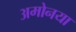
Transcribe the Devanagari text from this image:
अमोनया